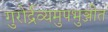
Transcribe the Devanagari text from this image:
गुरोर्द्रव्यमुपभुञ्जीत